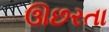
ઊછરતા